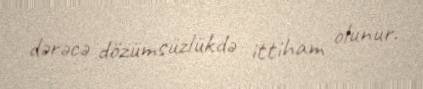
dərəcə dözümsüzlükdə ittiham olunur.